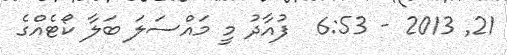
21